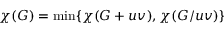
\chi ( G ) = { \mathrm { m i n } } \{ \chi ( G + u v ) , \chi ( G / u v ) \}